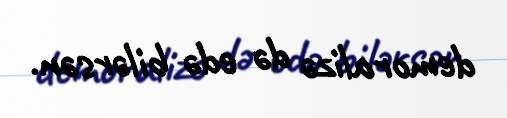
demoralizə də edə bilərsən.